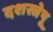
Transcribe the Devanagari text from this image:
दशस्त्रेषू